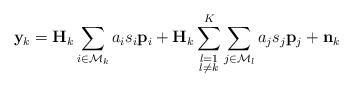
LaTeX: \begin{align*} \mathbf{y}_k=\mathbf{H}_k\sum_{i\in \mathcal{M}_k}a_i s_i\mathbf{p}_i+\mathbf{H}_k\sum\limits_{\substack{l=1\\l \neq k}}^{K}\sum\limits_{j\in \mathcal{M}_l}a_j s_j\mathbf{p}_j+\mathbf{n}_k\end{align*}